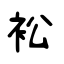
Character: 衳